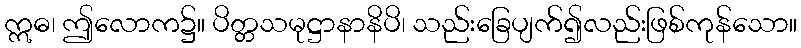
ဣဓ၊ ဤလောက၌။ ပိတ္တသမုဋ္ဌာနာနိပိ၊ သည်းခြေပျက်၍လည်းဖြစ်ကုန်သော။